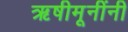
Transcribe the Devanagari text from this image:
ऋषीमूनींनी